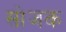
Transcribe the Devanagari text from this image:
सोजक